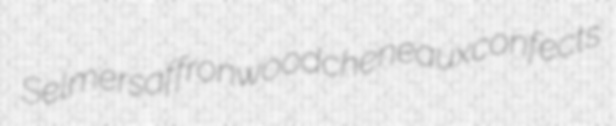
Selmer saffronwood cheneaux confects